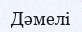
Дәмелі